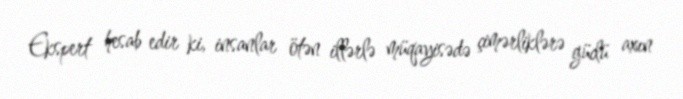
Ekspert hesab edir ki, insanlar ötən illərlə müqayisədə çimərliklərə güclü axın